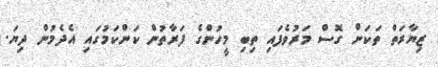
ޒިޔާރަތް ތަކަށް ގޮސް މަރުވެފައި ތިބި މީހުންގެ ފަރާތުން ކަންކަމުގައި އެދެމުން ދިޔަ.